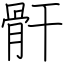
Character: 骭